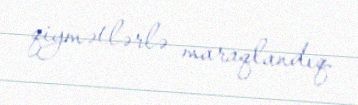
qiymətlərlə maraqlandıq.